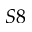
S 8